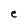
Character: e